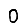
Digit: 0